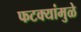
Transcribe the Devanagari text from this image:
फटक्यांमुळे